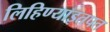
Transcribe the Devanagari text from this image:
लिहिण्याइतपत